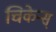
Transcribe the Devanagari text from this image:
चिकेन्स्